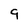
Character: 9